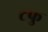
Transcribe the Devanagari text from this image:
टफु